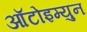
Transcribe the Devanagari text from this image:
आॅटोइम्युन